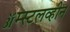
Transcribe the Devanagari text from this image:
ॲम्स्टलव्हीन